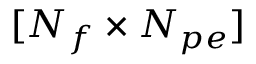
[ N _ { f } \times N _ { p e } ]